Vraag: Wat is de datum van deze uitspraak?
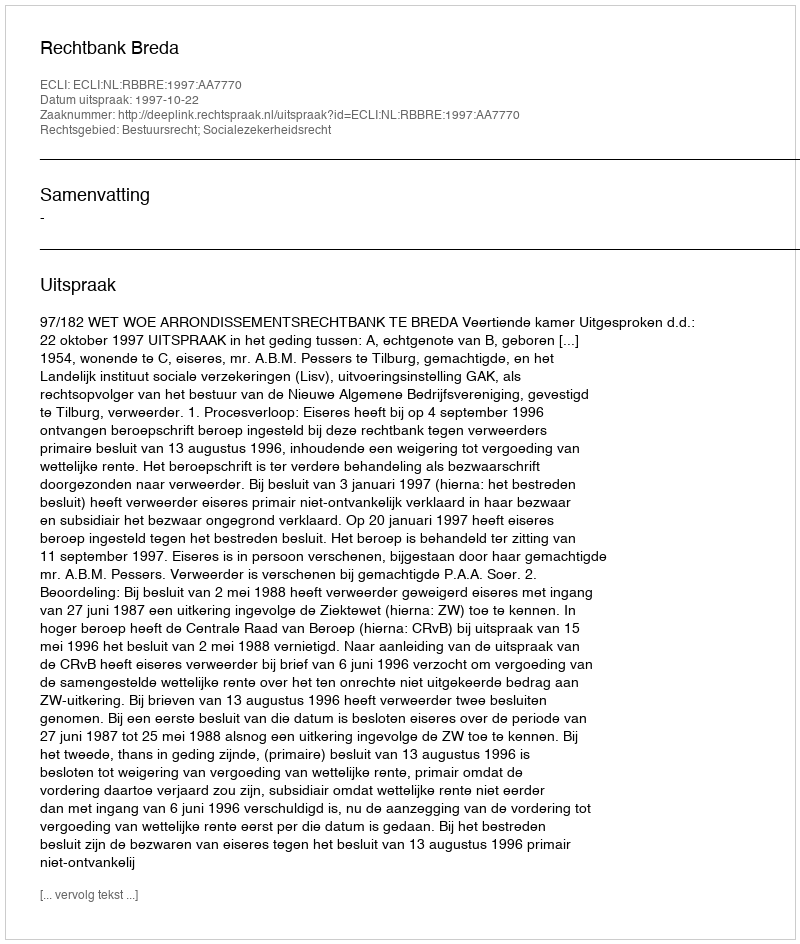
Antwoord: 1997-10-22